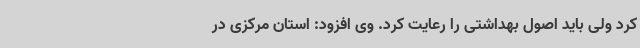
کرد ولی باید اصول بهداشتی را رعایت کرد. وی افزود: استان مرکزی در